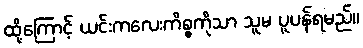
ထို့ကြောင့် ယင်းကလေးကိစ္စကိုသာ သူမ ပူပန်ရမည်။